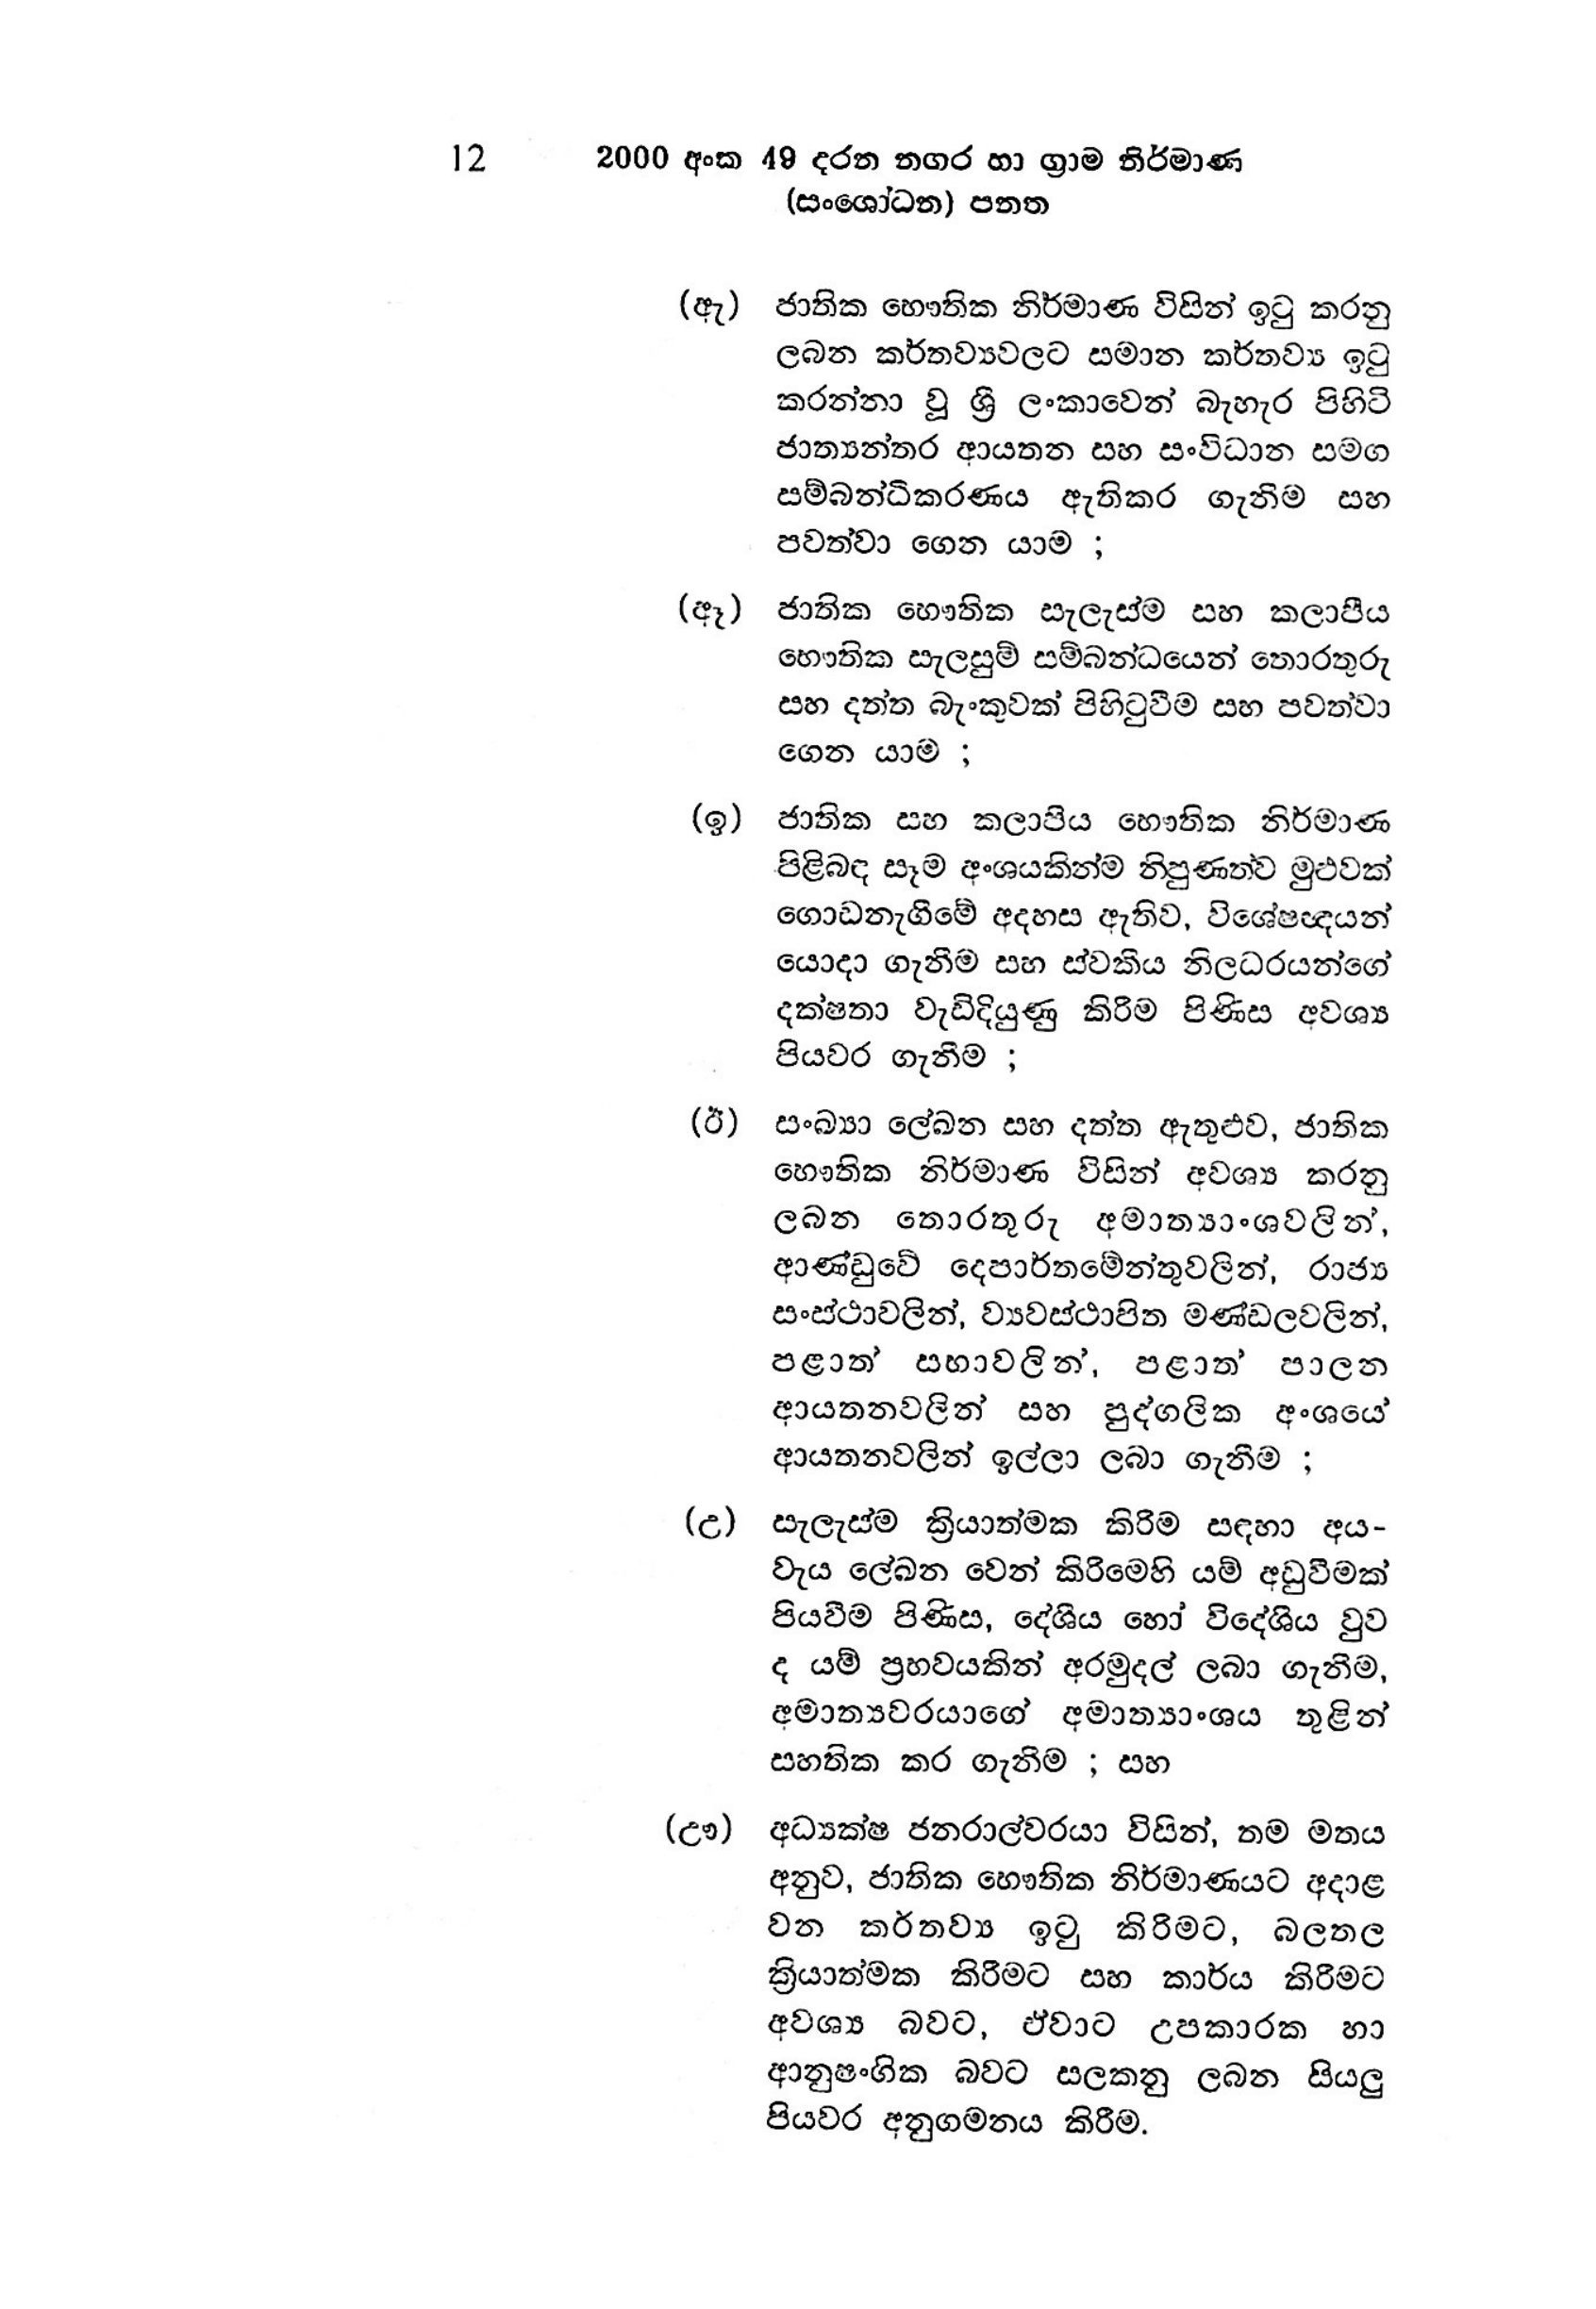
12 2000 අංක 49 දරන නගර හා ග්‍රාම නිර්මාණ
(සංශෝධන) පනත

(ඇ) ජාතික භෞතික නිර්මාණ විසින් ඉටු කරනු
ලබන කර්තව්‍යවලට සමාන කර්තව්‍ය ඉටු
කරන්නා වූ ශ්‍රී ලංකාවෙන් බැහැර පිහිටි
ජාත්‍යන්තර ආයතන සහ සංවිධාන සමග
සම්බන්ධීකරණය ඇතිකර ගැනීම සහ
පවත්වා ගෙන යාම ;

(ඈ) ජාතික භෞතික සැලැස්ම සහ කලාපීය
භෞතික සැලසුම් සම්බන්ධයෙන් තොරතුරු
සහ දත්ත බැංකුවක් පිහිටුවීම සහ පවත්වා
ගෙන යාම ;

(ඉ) ජාතික සහ කලාපිය භෞතික නිර්මාණ
පිළිබඳ සෑම අංශයකින්ම නිපුණත්ව මුළුවක්
ගොඩනැගීමේ අදහස ඇතිව, විශේෂඥයන්
යොදා ගැනීම සහ ස්වකීය නිලධරයන්ගේ
දක්ෂතා වැඩිදියුණු කිරීම පිණිස අවශ්‍ය
පියවර ගැනීම ;

(ඊ) සංඛ්‍යා ලේඛන සහ දත්ත ඇතුළුව,ජාතික
භෞතික නිර්මාණ විසින් අවශ්‍ය කරනු
ලබන තොරතුරු අමාත්‍යාංශවලින්,
ආණ්ඩුවේ දෙපාර්තමේන්තුවලින්, රාජ්‍ය
සංස්ථාවලින්, ව්‍යවස්ථාපිත මණ්ඩලවලින්,
පළාත්’ සභාවලින්, පළාත පාලන
ආයතනවලින් සහ පුද්ගලික අංශයේ
ආයතනවලින් ඉල්ලා ලබා ගැනීම ;

(උ) සැලැස්ම ක්‍රියාත්මක කිරිම සඳහා අය-
වැය ලේඛන වෙන් කිරිමෙහි යම් අඩුවීමක්
පියවීම පිණිස, දේශීය හෝ විදේශිය වුව
ද යම් ප්‍රභවයකින් අරමුදල් ලබා ගැනීම,
අමාත්‍යවරයාගේ අමාත්‍යාංශය තුළින්
සහතික කර ගැනිම ; සහ

(ඌ) අධ්‍යක්ෂ ජනරාල්වරයා විසින්, තම මතය
අනුව, ජාතික භෞතික නිර්මාණයට අදාළ
වන කර්තව්‍ය ඉටු කිරිමට, බලතල
ක්‍රියාත්මක කිරීමට සහ කාර්ය කිරීමට
අවශ්‍ය බවට, ඒවාට උපකාරක හා
ආනුෂංගික බවට සලකනු ලබන සියලු
පියවර අනුගමනය කිරීම.